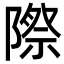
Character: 際